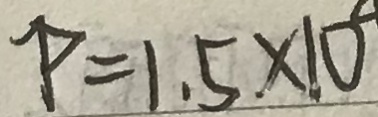
P = 1 . 5 \times 1 0 ^ { \circ }